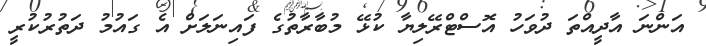
އަންނަ އާދީއްތަ ދުވަހު އޮސްޓްރޭލިޔާ ކުޅޭ މުބާރާތުގެ ފައިނަލަށް އެ ގައުމު ދަތުރުކުރީ